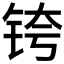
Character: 𰽴